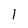
Character: 1